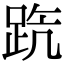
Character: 𨀫